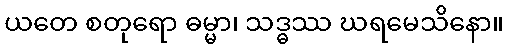
ယတေ စတုရော ဓမ္မာ၊ သဒ္ဓဿ ဃရမေသိနော။